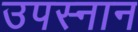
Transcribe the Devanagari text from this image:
उपस्नान